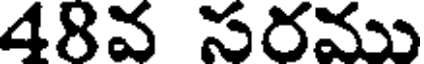
48వ సరము